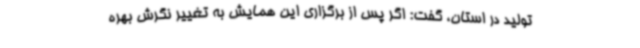
تولید در استان، گفت: اگر پس از برگزاری این همایش به تغییر نگرش بهره